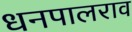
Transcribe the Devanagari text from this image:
धनपालराव